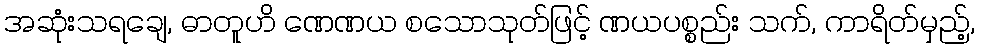
အဆုံးသရချေ, ဓာတူဟိ ဏေဏယ စသောသုတ်ဖြင့် ဏယပစ္စည်း သက်, ကာရိတ်မှည့်,